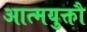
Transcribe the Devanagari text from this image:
आत्मयुक्तौ